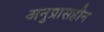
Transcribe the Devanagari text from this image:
अनुप्रासहीन